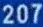
207